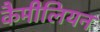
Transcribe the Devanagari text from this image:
कैमीलियन